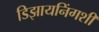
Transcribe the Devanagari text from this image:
डिझायनिंगशी